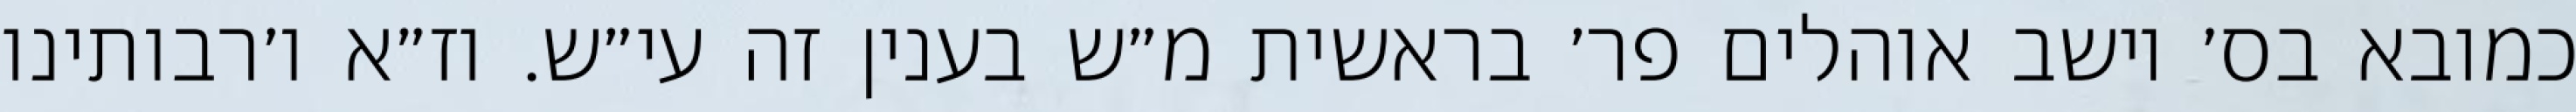
כמובא בס׳ יושב אוהלים פר׳ בראשית מ״ש בענין זה עי״ש. וז״א ו׳רבותינו